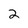
Character: 2